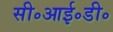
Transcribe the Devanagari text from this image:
सी॰आई॰डी॰